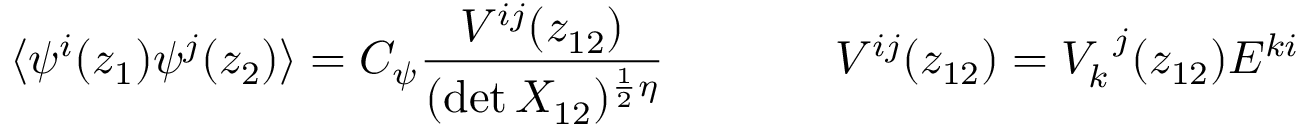
\begin{array} { c c } { { \displaystyle { \langle \psi ^ { i } ( z _ { 1 } ) \psi ^ { j } ( z _ { 2 } ) \rangle = C _ { \psi } \frac { V ^ { i j } ( z _ { 1 2 } ) } { ( \operatorname * { d e t } { \cal X } _ { 1 2 } ) ^ { \frac { 1 } { 2 } \eta } } } ~ ~ ~ ~ } } & { { ~ ~ ~ ~ V ^ { i j } ( z _ { 1 2 } ) = V _ { k } ^ { ~ j } ( z _ { 1 2 } ) { \cal E } ^ { k i } } } \end{array}